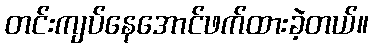
တင်းကျပ်နေအောင်ဖက်ထားခဲ့တယ်။